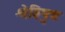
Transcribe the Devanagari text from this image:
श्रेष्ठिपुत्र